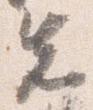
先